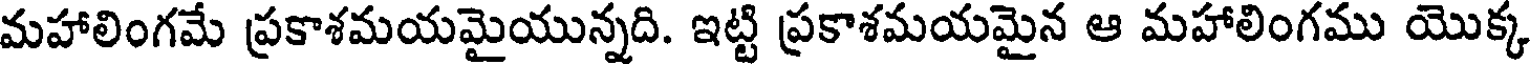
మహాలింగమే ప్రకాశమయమైయున్నది. ఇట్టి ప్రకాశమయమైన ఆ మహాలింగము యొక్క